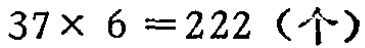
\(37\times 6 = 222 (\text{个})\)